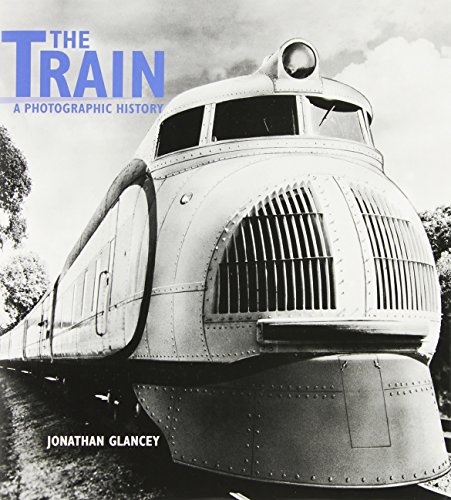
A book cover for The Train: A Photographic History; Jonathan Glancey; Arts & Photography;